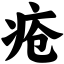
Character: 疮